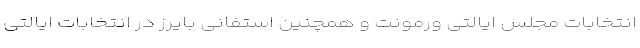
انتخابات مجلس ایالتی ورمونت و همچنین استفانی بایرز در انتخابات ایالتی